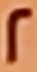
2